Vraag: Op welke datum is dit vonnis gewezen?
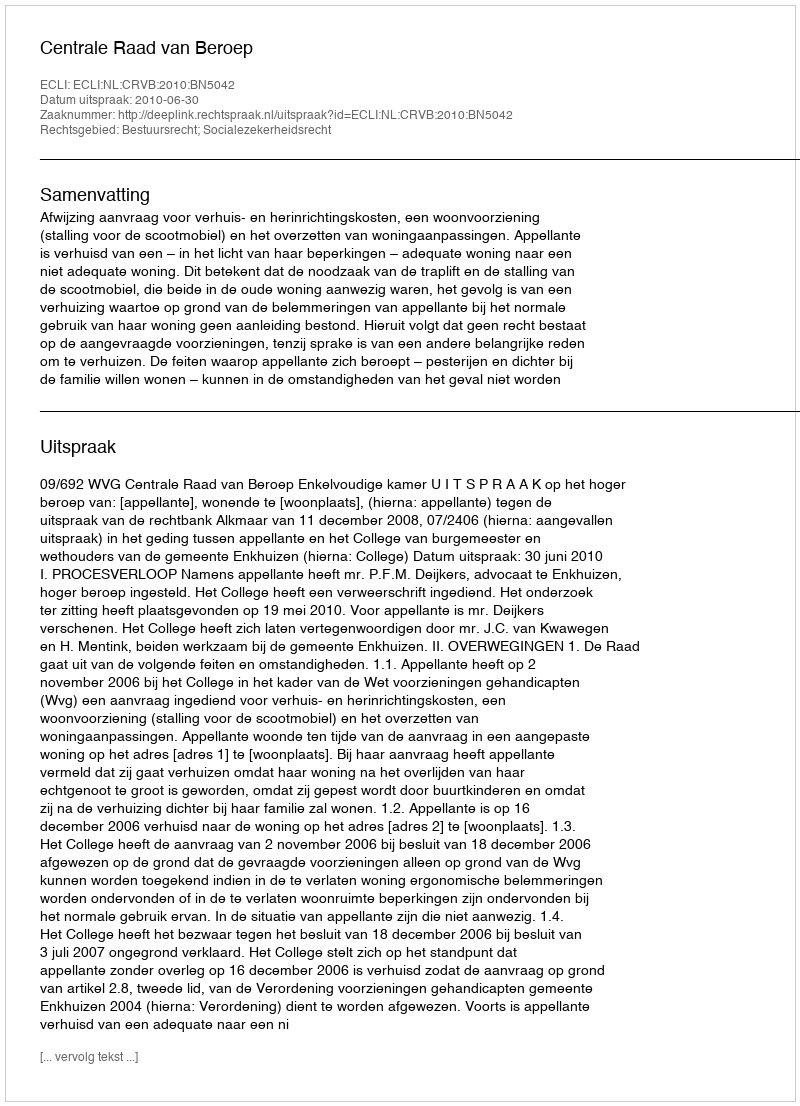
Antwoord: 2010-06-30